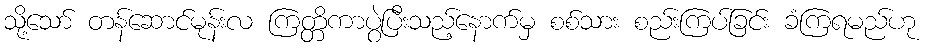
သို့သော် တန်ဆောင်မုန်းလ ကြတ္တိကာပွဲပြီးသည့်နောက်မှ စစ်သား စည်းကြပ်ခြင်း ခံကြရမည်ဟု